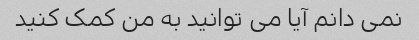
نمی دانم آیا می توانید به من کمک کنید